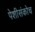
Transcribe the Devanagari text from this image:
पेशीसंकोच